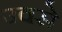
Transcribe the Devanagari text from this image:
उवसे